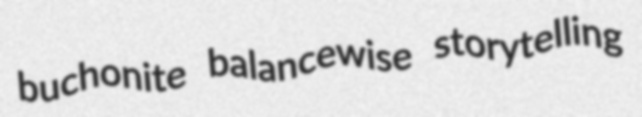
buchonite balancewise storytelling